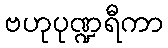
ဗဟုပုဏ္ဍရီကာ